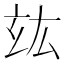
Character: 𤣦